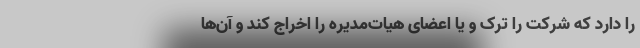
را دارد که شرکت را ترک و یا اعضای هیات‌مدیره را اخراج کند و آن‌ها